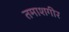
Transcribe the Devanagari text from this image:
तमाशगीर